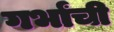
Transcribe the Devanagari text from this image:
गर्भांची